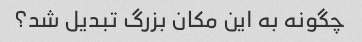
چگونه به این مکان بزرگ تبدیل شد؟